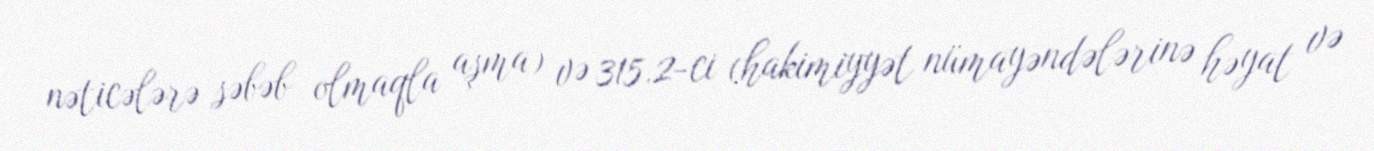
nəticələrə səbəb olmaqla aşma) və 315.2-ci (hakimiyyət nümayəndələrinə həyat və